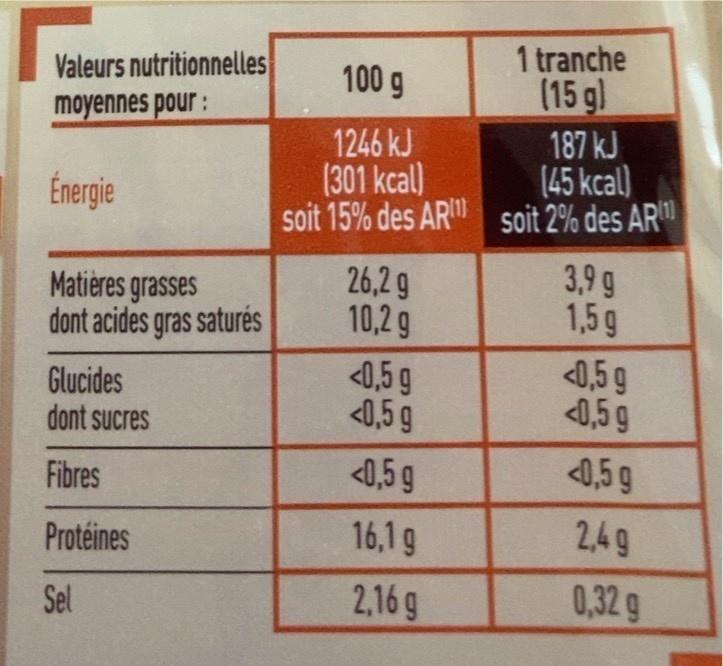
Valeurs nutritionnelles moyennes pour:
1 tranche (15 gl
100 g
1246 kJ (301 kcal) soit 15% des AR soit 2% des AR
187 kJ (45 kcal)
Énergie
Matieres grasses dont acides gras saturés
26,2 g 10,2 g
3,9 g 1,5g
Glucides dont sucres
<0,5 g <0,5 9
<0,5 g <0,5 g
Fibres
<0,5 g
4,5 g
Protéines
16,1g
2,4g
Sel
2,16 g
0,32 g